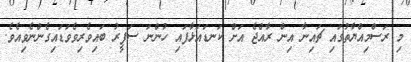
މި ރަސްމިއްޔާތުގައި ޗައިނާ އިން ރާއްޖެ އަށް ކަނޑައަޅާފައި ހުންނަ ސަފީރު ބައިވެރިވެވަޑައިގެންނެވިއެވެ.